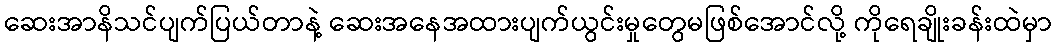
ဆေးအာနိသင်ပျက်ပြယ်တာနဲ့ ဆေးအနေအထားပျက်ယွင်းမှုတွေမဖြစ်အောင်လို့ ကိုရေချိုးခန်းထဲမှာ